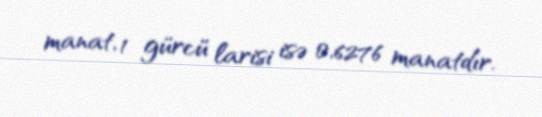
manat, 1 gürcü larisi isə 0,6276 manatdır.